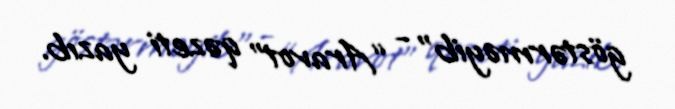
göstərməyib” - “Aravot” qəzeti yazıb.